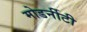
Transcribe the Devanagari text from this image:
मोडर्नीटी